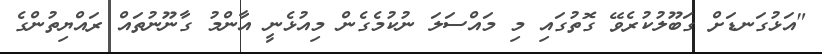
"އަޅުގަނޑަށް ގަބޫލުކުރެވޭ ގޮތުގައި މި މައްސަލަ ނުކުމެގެން މިއުޅެނީ އާންމު ގާނޫނުތައް ރައްޔިތުންގެ